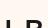
ьв